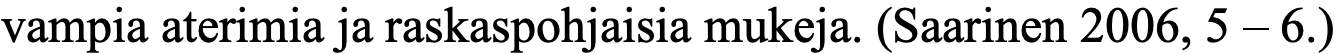
vampia aterimia ja raskaspohjaisia mukeja. (Saarinen 2006, 5 – 6.)